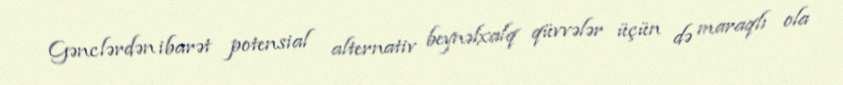
Gənclərdən ibarət potensial alternativ beynəlxalq qüvvələr üçün də maraqlı ola